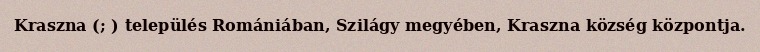
Kraszna (; ) település Romániában, Szilágy megyében, Kraszna község központja.